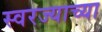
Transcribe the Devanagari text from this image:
स्वरज्याच्या